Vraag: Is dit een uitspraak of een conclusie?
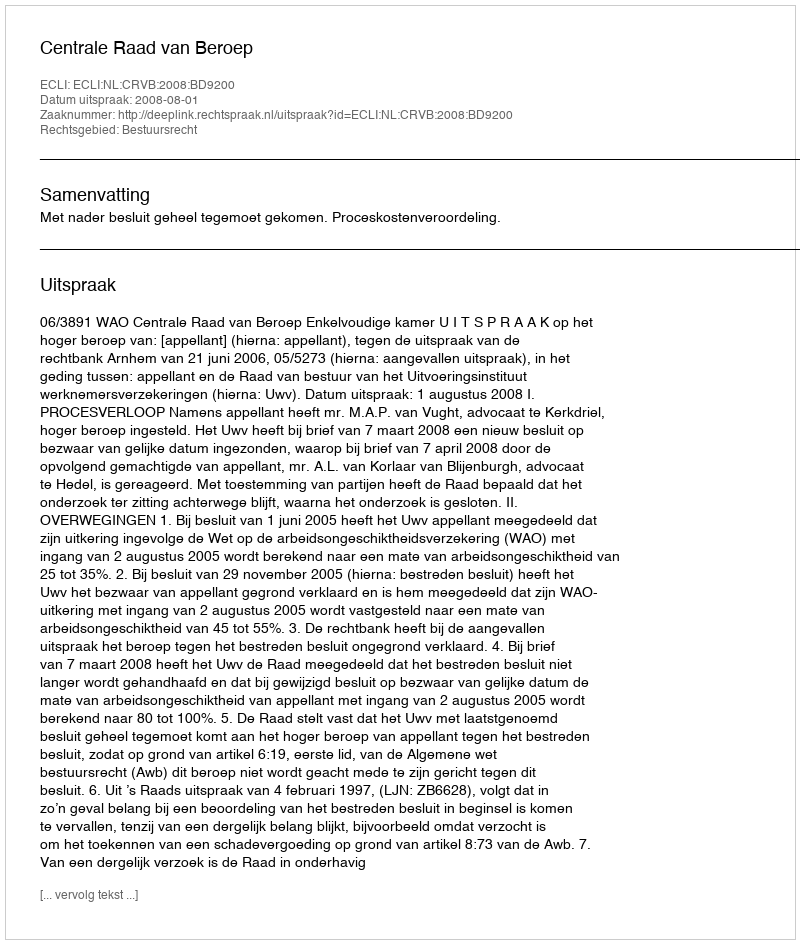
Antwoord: Uitspraak